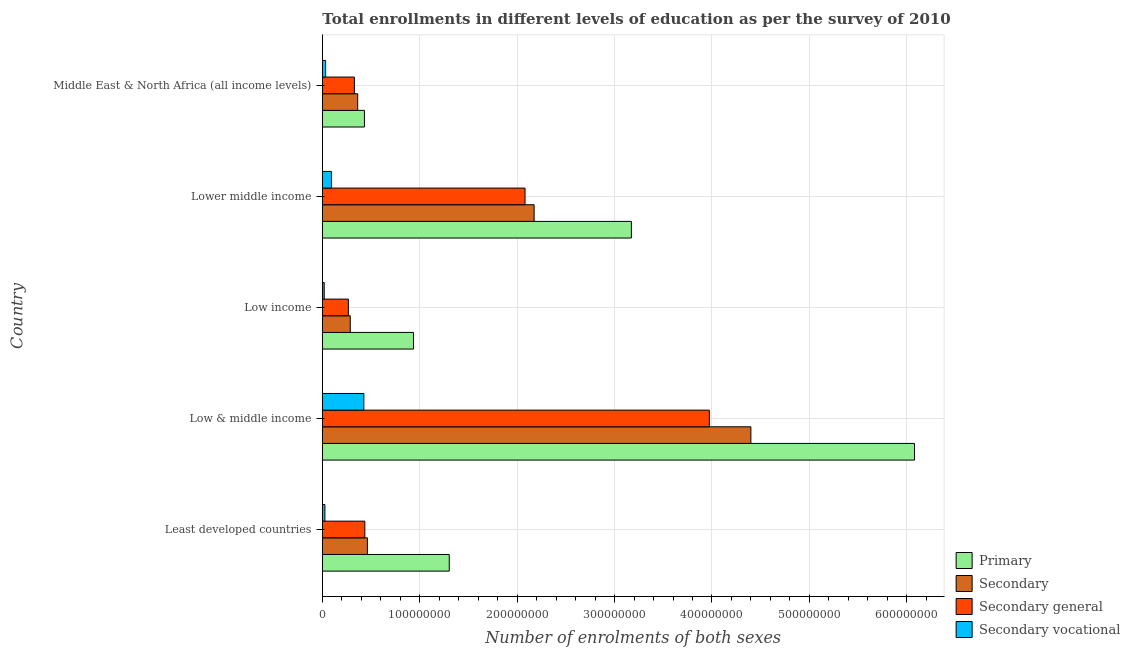
| Country | Primary | Secondary | Secondary general | Secondary vocational |
 | --- | --- | --- | --- | --- |
 | Least developed countries | 1.3e+08 | 4.63e+07 | 4.36e+07 | 2.65e+06 |
 | Low & middle income | 6.08e+08 | 4.4e+08 | 3.97e+08 | 4.26e+07 |
 | Low income | 9.36e+07 | 2.87e+07 | 2.67e+07 | 1.94e+06 |
 | Lower middle income | 3.17e+08 | 2.17e+08 | 2.08e+08 | 9.35e+06 |
 | Middle East & North Africa (all income levels) | 4.32e+07 | 3.63e+07 | 3.29e+07 | 3.39e+06 |